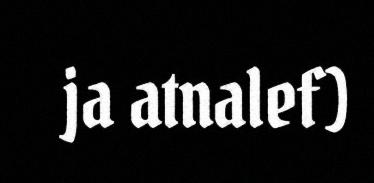
ja atnalef)